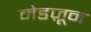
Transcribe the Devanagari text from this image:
मेडज़ून